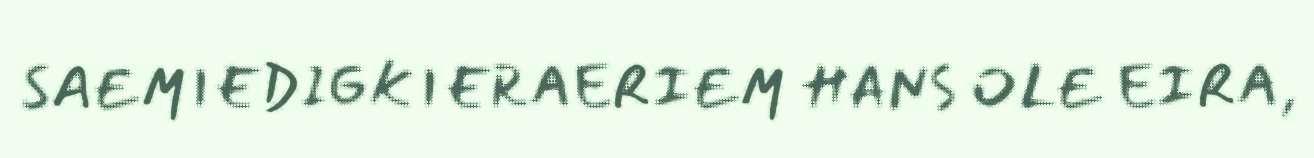
SAEMIEDIGKIERAERIEM HANS OLE EIRA,